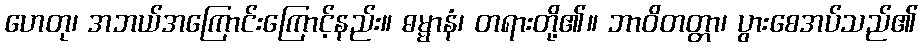
ဟေတု၊ အဘယ်အကြောင်းကြောင့်နည်း။ ဓမ္မာနံ၊ တရားတို့၏။ ဘာဝိတတ္တာ၊ ပွားစေအပ်သည်၏